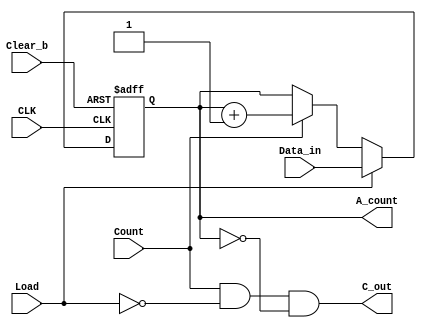
module BCD_counter(
    output reg[3:0] A_count,
    output C_out,
    input[3:0] Data_in,
    input Count, Load, CLK, Clear_b
);
assign C_out = Count && (~Load) && (A_count == 4'b0000);
always@(posedge CLK, negedge Clear_b)
    if (~Clear_b)   A_count <= 4'b0000;
    else if (Load)  A_count <= Data_in;
    else if (Count) A_count <= A_count + 1'b1;
    else if (1)     A_count <= A_count;
endmodule